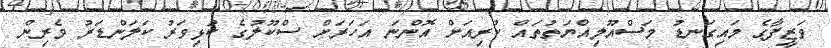
ވަޒީފާގެ މައިގަނޑު މަސްއޫލިއްޔަތުތައް ކުރިއަށް އޮންނަ އަހަރަށް ސްކޫލުގެ ކުޅިވަރު ކަލަންޑަރު ވެރިން